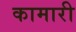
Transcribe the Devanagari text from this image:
कामारी